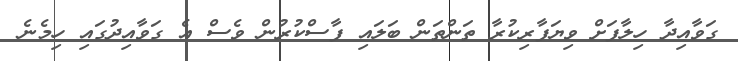
ގަވާއިދާ ހިލާފަށް ވިޔަފާރިކުރާ ތަންތަން ބަލައި ފާސްކުރުން ވެސް އެ ގަވާއިދުގައި ހިމެނެ